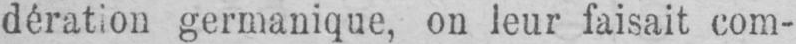
dération germanique, on leur faisait com-